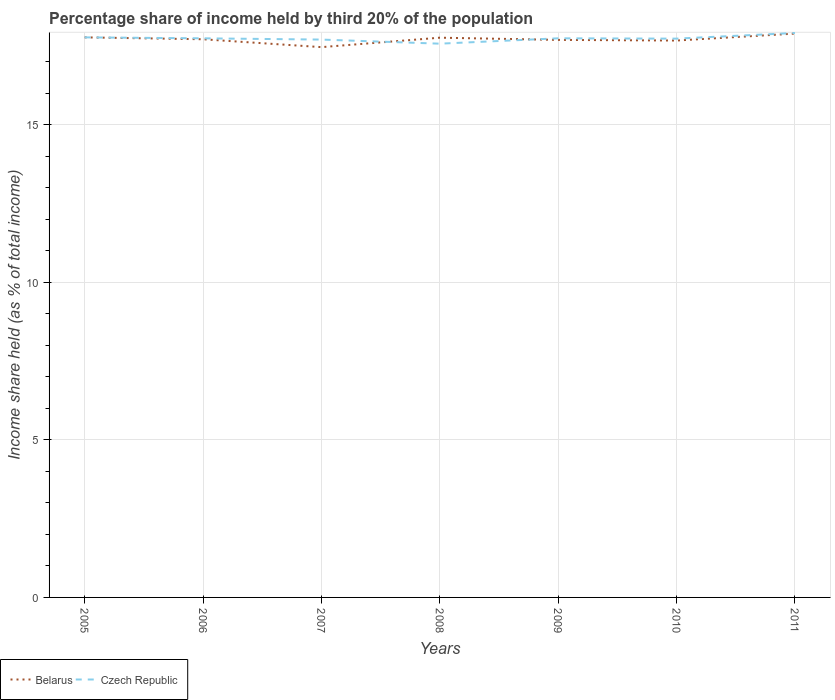
| Years | Belarus | Czech Republic |
 | --- | --- | --- |
 | 2005 | 17.8 | 17.8 |
 | 2006 | 17.7 | 17.7 |
 | 2007 | 17.5 | 17.7 |
 | 2008 | 17.8 | 17.6 |
 | 2009 | 17.7 | 17.7 |
 | 2010 | 17.7 | 17.7 |
 | 2011 | 17.9 | 17.9 |